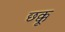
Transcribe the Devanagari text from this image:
छक्कू